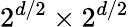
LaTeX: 2^{d/2}\times 2^{d/2}